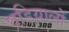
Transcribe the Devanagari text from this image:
घडि़यालों